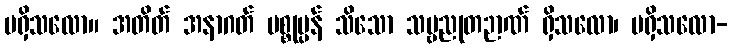
မရှိသလော။ အတိတ် အနာဂတ် ပစ္စုပ္ပန် သိသော သဗ္ဗညုတဉာဏ် ရှိသလော၊ မရှိသလော-